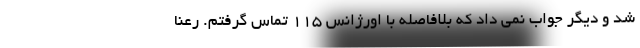
شد و دیگر جواب نمی داد که بلافاصله با اورژانس ۱۱۵ تماس گرفتم. رعنا